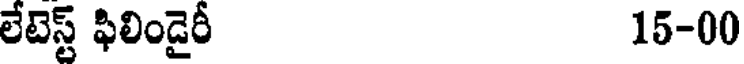
లేటెస్ట్ ఫిలిండైరీ 15-00